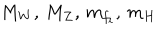
M _ { W } , \, M _ { Z } , \, m _ { f _ { i } } , \, m _ { H }